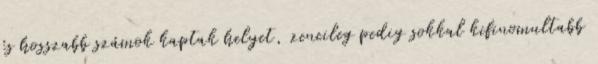
és hosszabb számok kaptak helyet, zeneileg pedig sokkal kifinomultabb